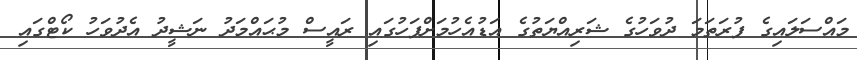
މައްސަލައިގެ ފުރަތަމަ ދުވަހުގެ ޝަރިއްޔަތުގެ އަޑުއެހުމަށްފަހުގައި ރައީސް މުޙައްމަދު ނަޝީދު އެދުވަހު ކޯޓްގައި